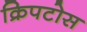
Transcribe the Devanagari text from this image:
क्रिपटोस